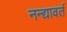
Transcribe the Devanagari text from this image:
नन्द्यावर्त